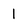
Character: l